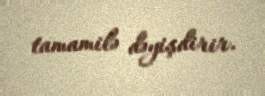
tamamilə dəyişdirir.